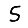
Digit: 5